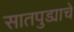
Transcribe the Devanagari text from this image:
सातपुड्याचे